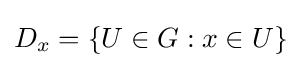
D_{x}=\left\{U\in G:x\in U\right\}